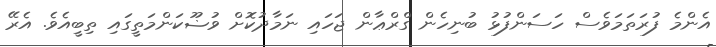
އެންމެ ފުރަތަމަވެސް ހަސަންފުޅު ބުނިހެން ގްރްޢާން ޖަހައި ނަމާދުކޮށް ވުޟޫކަންމަތީގައި ތިބީއެވެ. އެރޭ